Report on vaccination North-West Frontier Province 1904-1922 - 1904-1922
Year: 1904
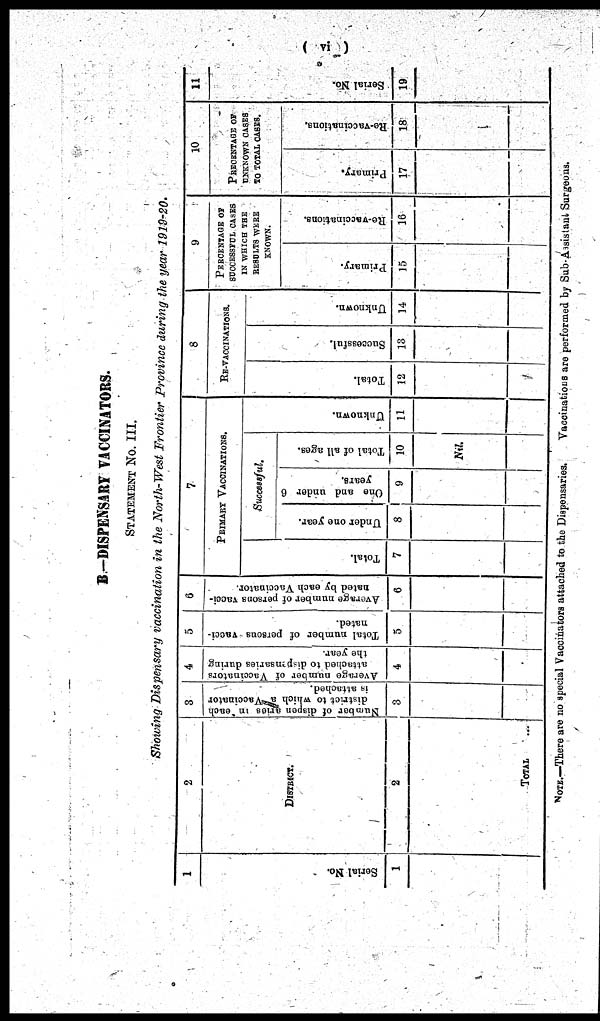
( vi )
B-DISPENSARY VACCINATORS.
STATEMENT NO. III.
Showing Dispensary vaccination in the North-West Frontier Province during the year 1919-20.
1
Serial No.
1
2
DISTRICT.
2
TOTAL ...
3
Number of dispensaries in each
district to which a Vaccinator
is attached.
3
4
Average number of Vaccinators
attached to dispensaries during
the year.
4
5
Total number of persons vacci¬
nated.
5
6
Average number of persons vacci¬
nated by each Vaccinator.
6
7
PRIMARY VACCINATIONS.
Total.
7
Successful.
Under one year.
8
One and under 6
years.
9
Total of all ages.
10
Nil.
Unknown.
11
8
RE-VACCINATIONS.
Total.
12
Successful.
13
Unknown.
14
9
PERCENTAGE OF
SUCCESSFUL CASES
IN WHICH THE
RESULTS WERE
KNOWN.
Primary.
15
Re-vaccinations.
16
10
PERCENTAGE OF
UNKNOWN CASES
TO TOTAL CASES.
Primary.
17
Re-vaccinations.
18
11
Serial No.
19
NOTE.—There are no special Vaccinators attached to the Dispensaries.
Vaccinations are performed by Sub-Assistant Surgeons.